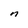
Character: n